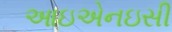
આઇએનઇસી